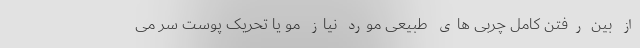
از بین رفتن کامل چربی های طبیعی مورد نیاز مو یا تحریک پوست سر می